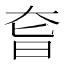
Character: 㚛